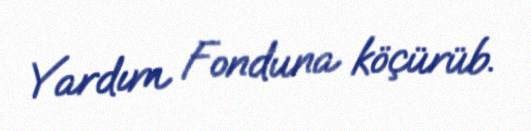
Yardım Fonduna köçürüb.